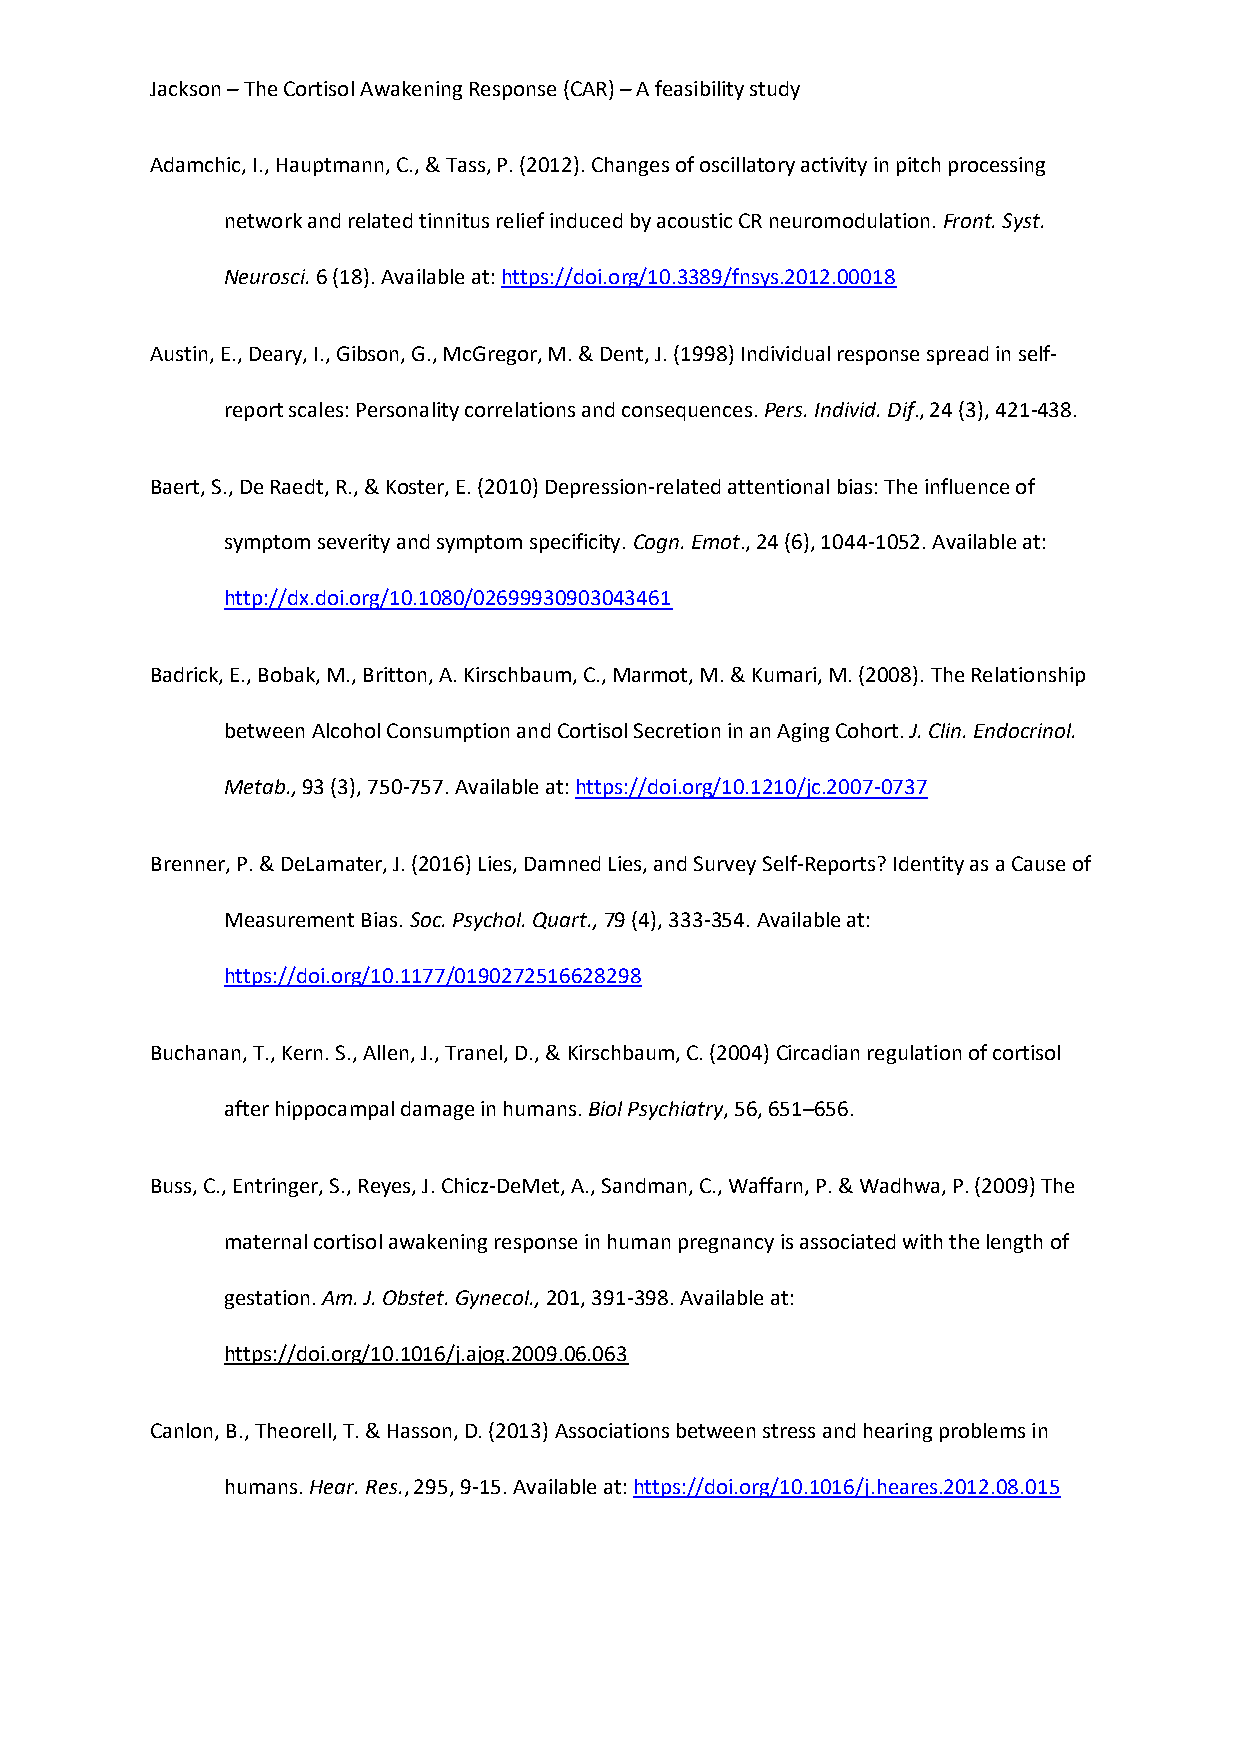
Jackson – The Cortisol Awakening Response (CAR) – A feasibility study
 Adamchic, I., Hauptmann, C., & Tass, P. (2012). Changes of oscillatory activity in pitch processing
 network and related tinnitus relief induced by acoustic CR neuromodulation. Front. Syst.
 Neurosci. 6 (18). Available at: https://doi.org/10.3389/fnsys.2012.00018
 Austin, E., Deary, I., Gibson, G., McGregor, M. & Dent, J. (1998) Individual response spread in self-
 report scales: Personality correlations and consequences. Pers. Individ. Dif., 24 (3), 421-438.
 Baert, S., De Raedt, R., & Koster, E. (2010) Depression-related attentional bias: The influence of
 symptom severity and symptom specificity. Cogn. Emot., 24 (6), 1044-1052. Available at:
 http://dx.doi.org/10.1080/02699930903043461
 Badrick, E., Bobak, M., Britton, A. Kirschbaum, C., Marmot, M. & Kumari, M. (2008). The Relationship
 between Alcohol Consumption and Cortisol Secretion in an Aging Cohort. J. Clin. Endocrinol.
 Metab., 93 (3), 750-757. Available at: https://doi.org/10.1210/jc.2007-0737
 Brenner, P. & DeLamater, J. (2016) Lies, Damned Lies, and Survey Self-Reports? Identity as a Cause of
 Measurement Bias. Soc. Psychol. Quart., 79 (4), 333-354. Available at:
 https://doi.org/10.1177/0190272516628298
 Buchanan, T., Kern. S., Allen, J., Tranel, D., & Kirschbaum, C. (2004) Circadian regulation of cortisol
 after hippocampal damage in humans. Biol Psychiatry, 56, 651–656.
 Buss, C., Entringer, S., Reyes, J. Chicz-DeMet, A., Sandman, C., Waffarn, P. & Wadhwa, P. (2009) The
 maternal cortisol awakening response in human pregnancy is associated with the length of
 gestation. Am. J. Obstet. Gynecol., 201, 391-398. Available at:
 https://doi.org/10.1016/j.ajog.2009.06.063
 Canlon, B., Theorell, T. & Hasson, D. (2013) Associations between stress and hearing problems in
 humans. Hear. Res., 295, 9-15. Available at: https://doi.org/10.1016/j.heares.2012.08.015